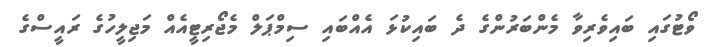
ވޯޓުގައި ބައިވެރިވާ މެންބަރުންގެ ދެ ބައިކުޅަ އެއްބައި ސިމްޕަލް މެޖޯރިޓީއެއް މަޖިލީހުގެ ރައީސްގެ